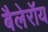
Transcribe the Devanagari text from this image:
बैलेरॉय